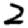
Digit: 2